system: You are a helpful assistant.
user:
Analyze the provided spectrum to determine if it is a **M-type Giant (gM)**.

A M-type Giant spectrum is defined by its **strong molecular absorption** features, particularly from **Titanium Oxide (TiO)**. You must check for one of the following mutually exclusive signatures:

- **Key Visual Indicators (Absorption-Dominated Spectrum):**

    - **(Primary):** The spectrum is dominated by strong molecular absorption from **Titanium Oxide (TiO)**. This is the **defining feature** of its M-type temperature class.
        - **(Key Bandheads):** Look for sharp, "saw-tooth" absorption valleys. The strongest are located near **~7050 Å**, **~6160 Å**, and **~5170 Å**.
        - **(Line Profile):** The "saw-tooth" morphology is critical: a **sharp, steep drop on the BLUE (short-wavelength) side** of the bandhead, followed by a gradual recovery (rising flux) towards the RED (long-wavelength) side.

    - **(Key Confirmation - Giant vs. Dwarf):** **ABSENCE** of strong **Calcium Hydride (CaH)** molecular bands. This is the primary diagnostic for *excluding* M-dwarfs.
        - **(Key Region):** The spectrum should lack the strong, broad absorption band seen in dwarfs between **~6800 Å and ~7000 Å**.

    - **(Secondary Confirmation - Giant):** A very strong and broad **Neutral Calcium (Ca I)** atomic absorption line.
        - **(Key Line):** Located at **~4226 Å**. In a giant (gM), this line is significantly deeper and broader than the same line in an M-dwarf (dM) due to low surface gravity.

    - **(Overall Spectrum):**
        - The continuum is **extremely red-sloping** (i.e., flux is very low in the blue and rises dramatically towards the red).
        - The entire spectrum appears "chopped up" by the deep TiO bands.

Think first, call **spectral_visualization_tool** if needed to examine features in detail, then provide your final answer. Your response must adhere to the following strict rules:
1.  **Overall Structure:** Your response must follow the format `<think>...</think> <tool_call>...</tool_call> (if a tool is used) <answer>...</answer>`.
2.  **Tool Usage Constraint:** You may only make **one** tool call per turn.
3.  **Final Answer Format:** In the `<answer>` tag, your conclusion must be inside a `\boxed{}` command (e.g., `\boxed{YES}` or `\boxed{NO}`), followed by your justification.

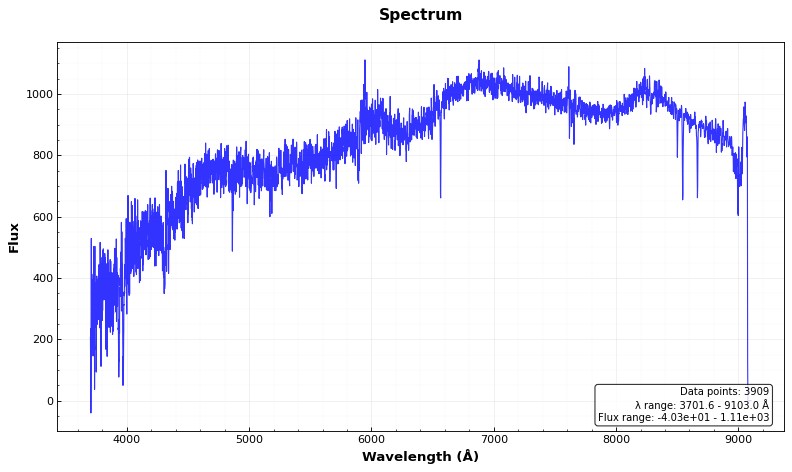
Answer: NO